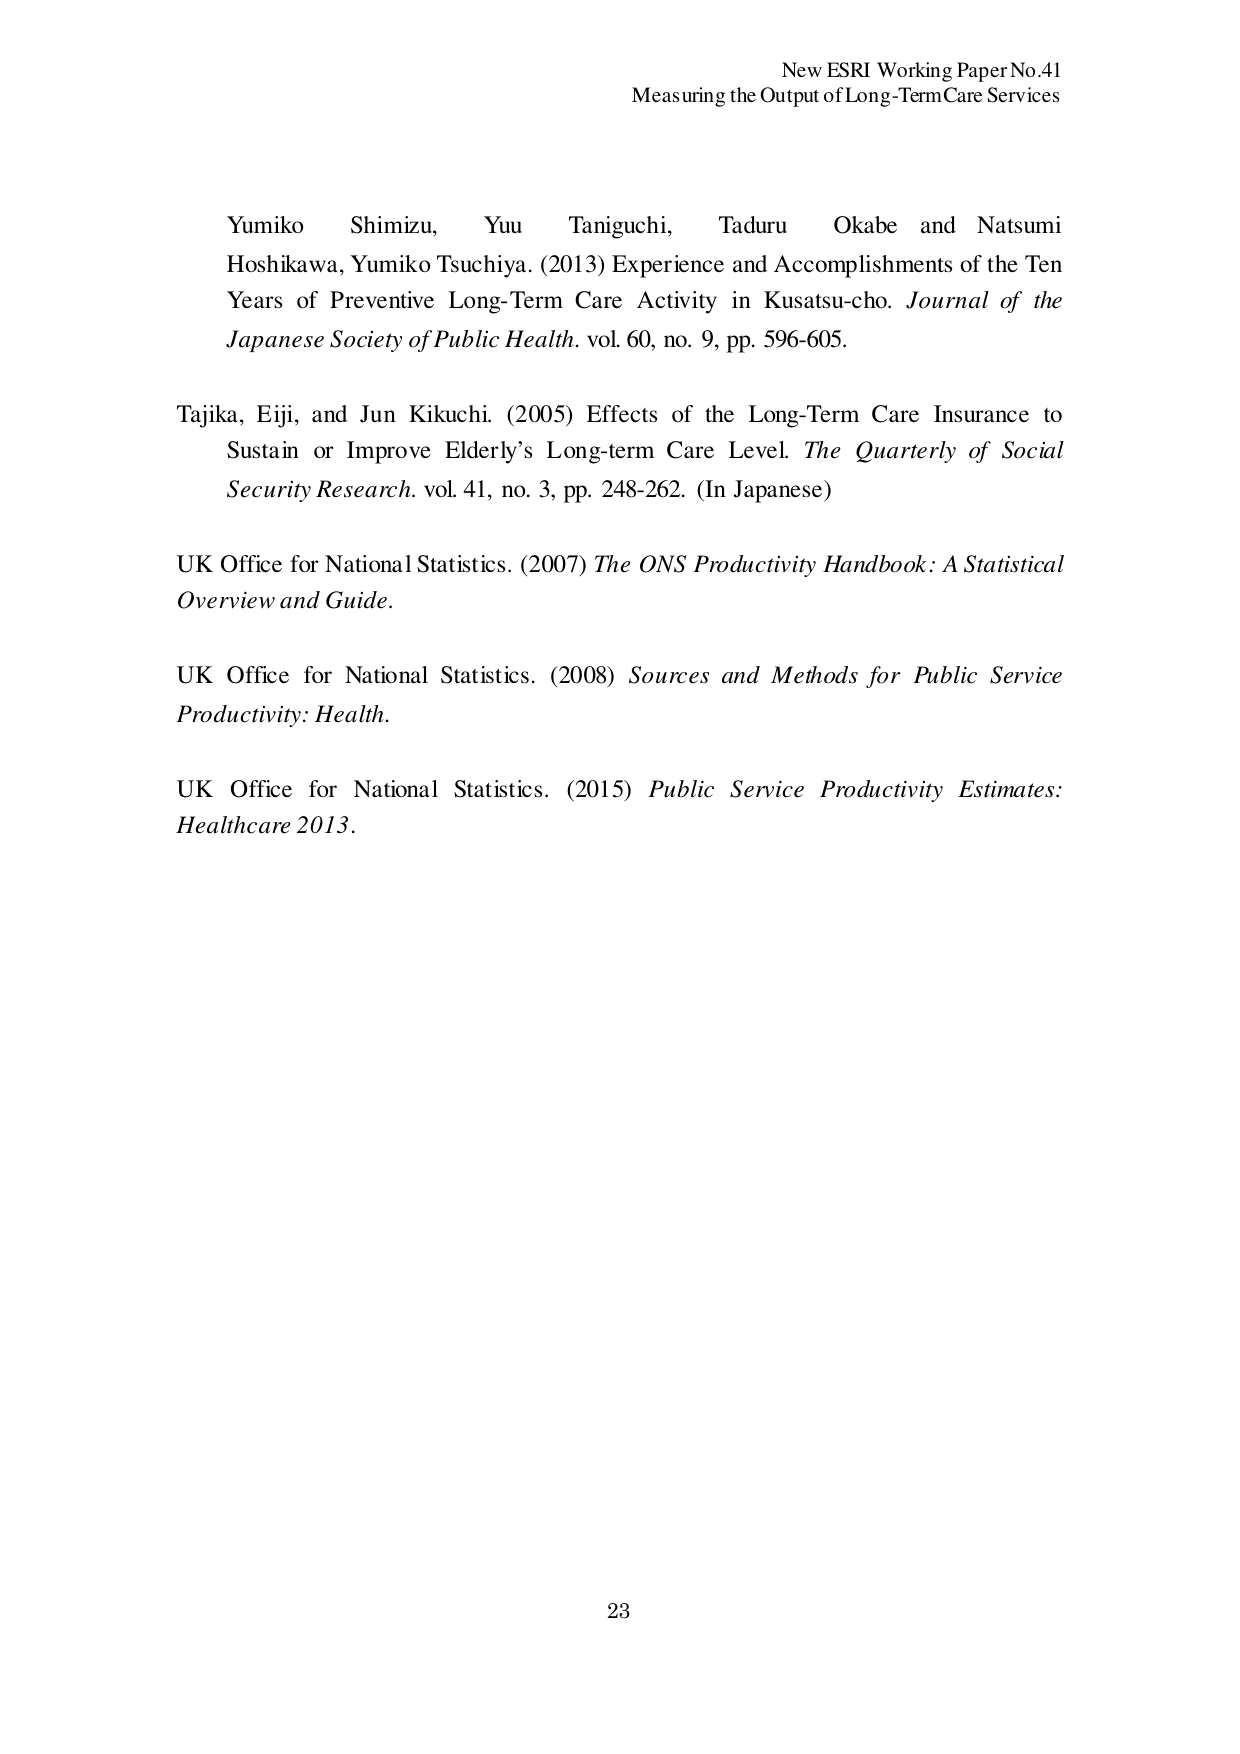
New ESRI Working Paper No.41
Measuring the Output of Long-Term Care Services

Yumiko Shimizu, Yuu Taniguchi, Taduru Okabe and Natsumi Hoshikawa, Yumiko Tsuchiya. (2013) Experience and Accomplishments of the Ten Years of Preventive Long-Term Care Activity in Kusatsu-cho. Journal of the Japanese Society of Public Health. vol. 60, no. 9, pp. 596-605.

Tajika, Eiji, and Jun Kikuchi. (2005) Effects of the Long-Term Care Insurance to Sustain or Improve Elderly’s Long-term Care Level. The Quarterly of Social Security Research. vol. 41, no. 3, pp. 248-262. (In Japanese)

UK Office for National Statistics. (2007) The ONS Productivity Handbook: A Statistical Overview and Guide.

UK Office for National Statistics. (2008) Sources and Methods for Public Service Productivity: Health.

UK Office for National Statistics. (2015) Public Service Productivity Estimates: Healthcare 2013.

23